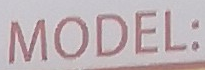
MODEL: